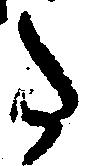
た